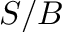
S / B